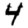
Digit: 4